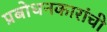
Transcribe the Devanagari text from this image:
प्रबोधनकारांची